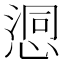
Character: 𢞉